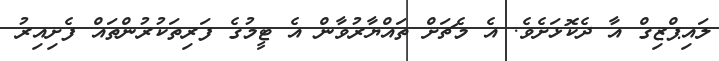
ލައިޕްޒިގް އާ ދެކޮޅަށެވެ. އެ މެޗަށް ތައްޔާރުވާން އެ ޓީމުގެ ފަރިތަކުރުންތައް ފެށިއިރު